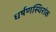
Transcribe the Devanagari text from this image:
धर्षणस्थिरांक